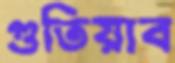
গুতিয়াব